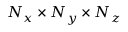
N _ { x } \times N _ { y } \times N _ { z }